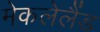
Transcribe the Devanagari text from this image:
मेकलेलैंड